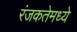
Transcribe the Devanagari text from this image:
रंजकतेमध्ये